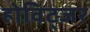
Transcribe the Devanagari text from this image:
होविट्जर